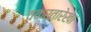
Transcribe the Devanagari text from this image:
वक्रतारेखा